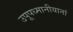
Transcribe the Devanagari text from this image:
उपूपध्मानीयानां